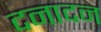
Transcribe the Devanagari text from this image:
दनादन